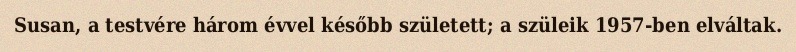
Susan, a testvére három évvel később született; a szüleik 1957-ben elváltak.